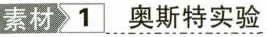
素材 1 奥斯特实验